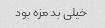
خیلی بد مزه بود